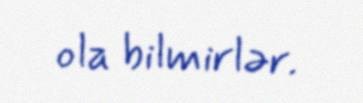
ola bilmirlər.